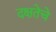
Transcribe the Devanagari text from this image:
दक्षतेचे